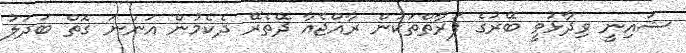
ޝައިނީ ވިދާޅުވީ ބޭރުގެ ފަރާތްތަކުން ރާއްޖެއާ ދޭތެރޭ ދެކެމުން އަންނަ ގޮތް ބަދަލު